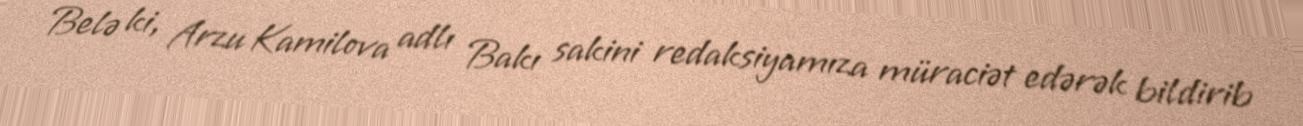
Belə ki, Arzu Kamilova adlı Bakı sakini redaksiyamıza müraciət edərək bildirib